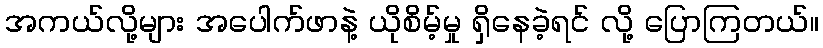
အကယ်လို့များ အပေါက်ဖာနဲ့ ယိုစိမ့်မှု ရှိနေခဲ့ရင် လို့ ပြောကြတယ်။